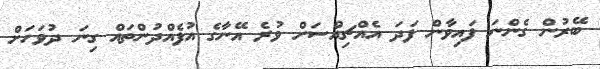
ބޭރުން ގެންނަ ފައިވާން ފަދަ އެއްޗިއްސަށް ވުރެ އޭނާގެ އުފެއްދުންތައް ގިނަ ދުވަހަށް